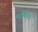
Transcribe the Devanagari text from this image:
मडखेरा